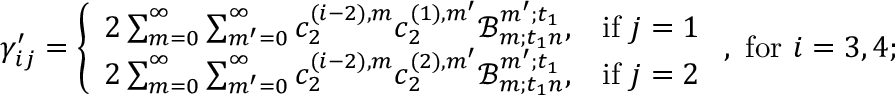
\gamma _ { i j } ^ { \prime } = \left\{ \begin{array} { l l } { 2 \sum _ { m = 0 } ^ { \infty } \sum _ { m ^ { \prime } = 0 } ^ { \infty } c _ { 2 } ^ { ( i - 2 ) , m } c _ { 2 } ^ { ( 1 ) , m ^ { \prime } } \mathscr { B } _ { m ; t _ { 1 } n } ^ { m ^ { \prime } ; t _ { 1 } } , } & { \mathrm { i f ~ } j = 1 } \\ { 2 \sum _ { m = 0 } ^ { \infty } \sum _ { m ^ { \prime } = 0 } ^ { \infty } c _ { 2 } ^ { ( i - 2 ) , m } c _ { 2 } ^ { ( 2 ) , m ^ { \prime } } \mathscr { B } _ { m ; t _ { 1 } n } ^ { m ^ { \prime } ; t _ { 1 } } , } & { \mathrm { i f ~ } j = 2 } \end{array} \right. , \mathrm { ~ f o r ~ } i = 3 , 4 ;